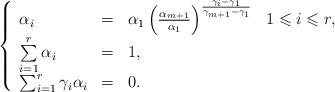
LaTeX: \begin{align*}\left\lbrace \begin{array}{lllll} \alpha_i & = & \alpha_1\left(\frac{\alpha_{m+1}}{\alpha_1}\right)^{\frac{\gamma_i-\gamma_1}{\gamma_{m+1}-\gamma_1}}& 1\leqslant i \leqslant r, \\\sum\limits_{i=1}^r \alpha_i & = & 1, \\\sum_{i=1}^r \gamma_i \alpha_i & = & 0. \end{array}\right.\end{align*}